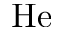
\mathrm { H e }